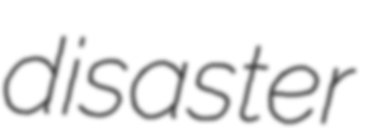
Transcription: disaster